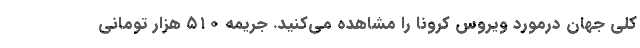
کلی جهان درمورد ویروس کرونا را مشاهده می‌کنید. جریمه ۵۱۰ هزار تومانی